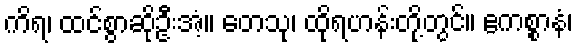
ကိရ၊ ထင်စွာဆိုဦးအံ့။ တေသု၊ ထိုရဟန်းတို့တွင်။ ဧကစ္စာနံ၊